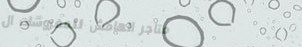
متاجر الهامش للمفروشات ال